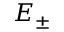
E _ { \pm }